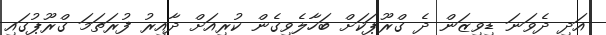
އަދި ދެވަނަ ޑިވިޒަން ދެ ގްރޫޕަކަށް ބަހާލެވިގެން ކުރިއަށް ދާއިރު ފުރަތަމަ ގްރޫޕުގައި